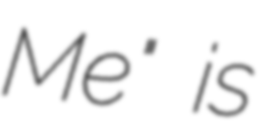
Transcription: Me" is